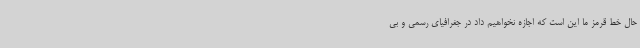
حال خط قرمز ما این است که اجازه نخواهیم داد در جغرافیای رسمی و بی